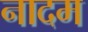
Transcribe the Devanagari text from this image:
नादम